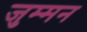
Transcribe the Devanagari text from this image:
जुम्मन